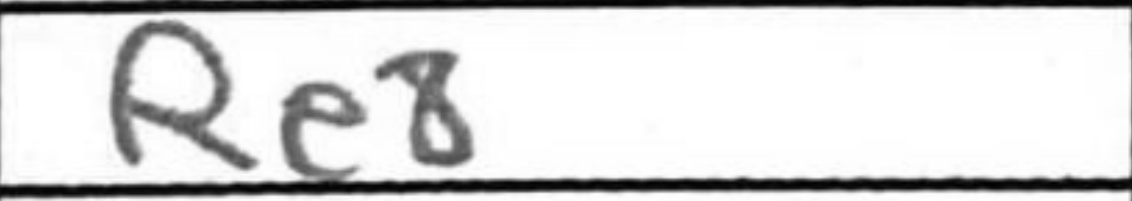
Transcription: Re8